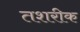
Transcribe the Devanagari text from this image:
तशरीक